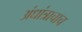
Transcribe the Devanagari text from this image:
अंधांत्राचाच